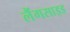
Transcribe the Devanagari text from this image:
लैंगसाइड